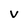
Character: V